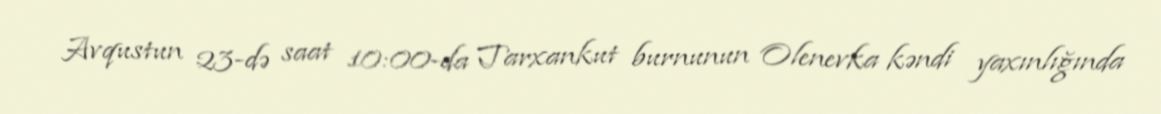
Avqustun 23-də saat 10:00-da Tarxankut burnunun Olenevka kəndi yaxınlığında